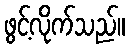
ဖွင့်လိုက်သည်။